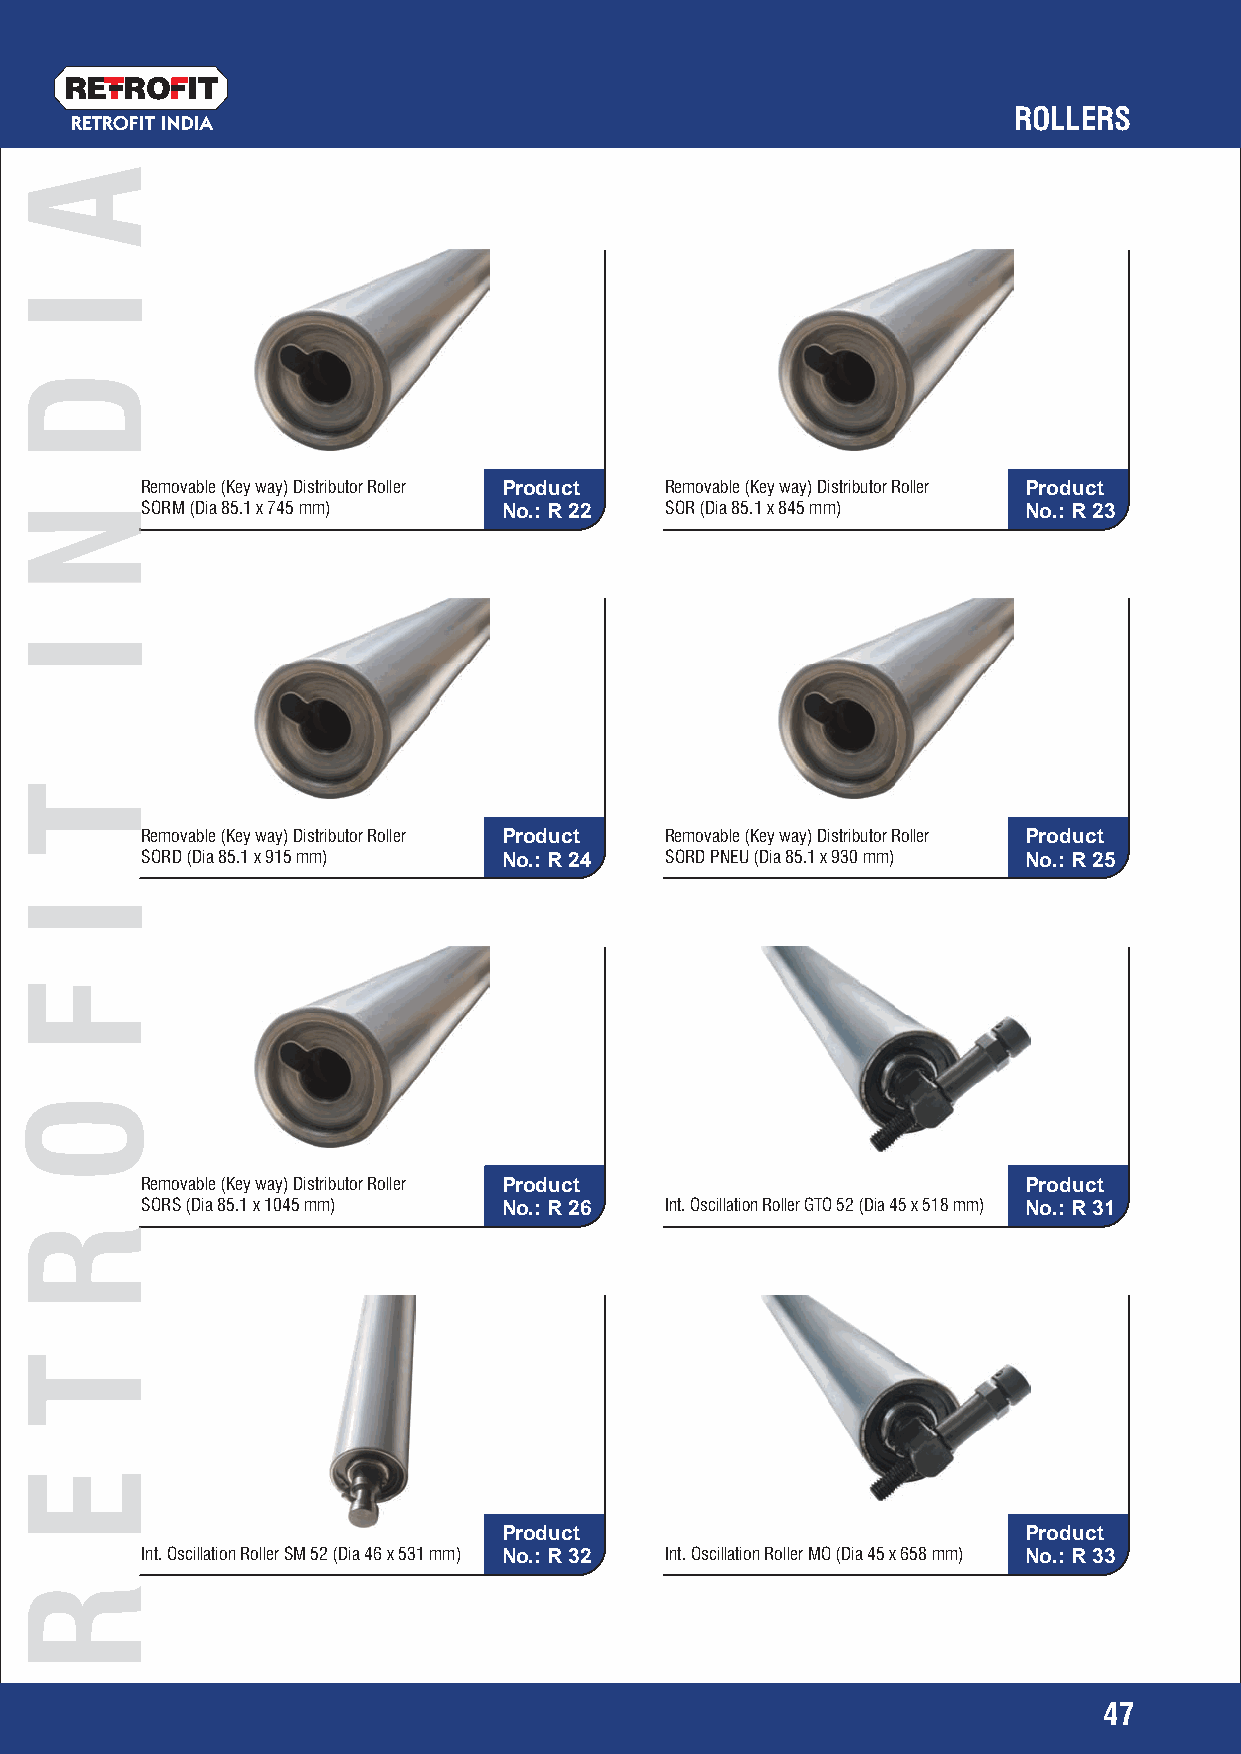
RETRO   IT
 ROLLERS
 RETROFIT INDIA
 Removable (Key way) Distributor Roller Product Removable (Key way) Distributor Roller Product
 SORM (Dia 85.1 x 745 mm) No.: R 22 SOR (Dia 85.1 x 845 mm) No.: R 23
 Removable (Key way) Distributor Roller Product Removable (Key way) Distributor Roller Product
 SORD (Dia 85.1 x 915 mm) No.: R 24 SORD PNEU (Dia 85.1 x 930 mm) No.: R 25
 Removable (Key way) Distributor Roller Product             Product
 SORS (Dia 85.1 x 1045 mm) No.: R 26 Int. Oscillation Roller GTO 52 (Dia 45 x 518 mm) No.: R 31
 Product                            Product
 Int. Oscillation Roller SM 52 (Dia 46 x 531 mm) No.: R 32 Int. Oscillation Roller MO (Dia 45 x 658 mm) No.: R 33
 47
 A
 I
 D
 NN
 I
 T
 I
 F
 O
 RR
 T
 E
 R